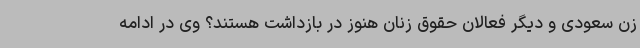
زن سعودی و دیگر فعالان حقوق زنان هنوز در بازداشت هستند؟ وی در ادامه